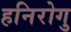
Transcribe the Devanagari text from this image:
हनिरोगु